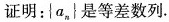
证明：\{a_{n}\}是等差数列.